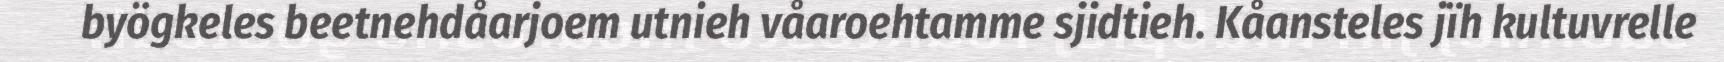
byögkeles beetnehdåarjoem utnieh våaroehtamme sjidtieh. Kåansteles jïh kultuvrelle